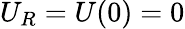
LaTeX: U_{R}=U(0)=0